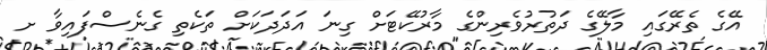
އޭގެ ތެރޭގައި މާލޭގެ ދަތުރުވެރިންގެ މާރުކޭޓަށް ގިނަ އަދަދަކަށް ތަކެތި ގެނެސްފައިވާ ށ